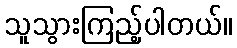
သူသွားကြည့်ပါတယ်။